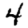
Digit: 4